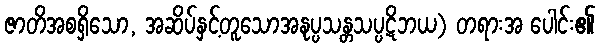
ဇာတိအစရှိသော, အဆိပ်နှင့်တူသောအနုပ္ပသန္တသပ္ပဋိဘယ) တရားအ ပေါင်း၏